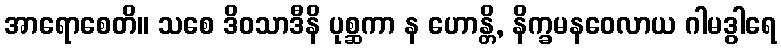
အာရောစေတိ။ သစေ ဒိဝသာဒီနိ ပုစ္ဆကာ န ဟောန္တိ, နိက္ခမနဝေလာယ ဂါမဒွါရေ